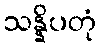
သန္နိပတုံ